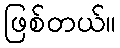
ဖြစ်တယ်။